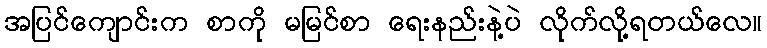
အပြင်ကျောင်းက စာကို မမြင်စာ ရေးနည်းနဲ့ပဲ လိုက်လို့ရတယ်လေ။